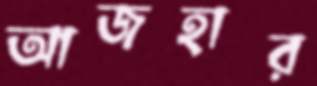
আজহার